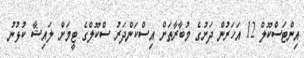
އިންޓަސްކޫލް 12 އަހަރުން ދަށުގެ މުބާރާތަށް އިސްކަންދަރު ސްކޫލްގެ ޓީމަށް ލައިޝާ ކުޅުނު